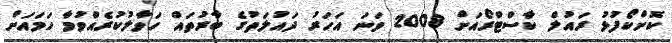
ކޮށްކޯފުޅު ރައުލް ކާސްޓްރޯއަށް 2008 ވަނަ އަހަރު ދައުލަތުގެ ބާރުތައް ހަވާލުކުރެއްވުމާ ހަމައަށް